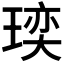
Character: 𪼁